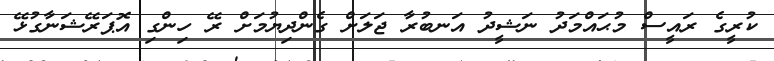
ކުރީގެ ރައީސް މުޙައްމަދު ނަޝީދު އަނބުރާ ޖަލަށް ގެންދިޔުމަށް ރޭ ހިންގި އޮޕަރޭޝަނާގުޅޭ